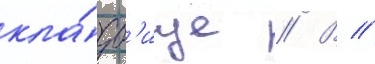
кла́дб'ище // В //